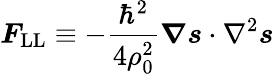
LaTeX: \boldsymbol{F}_{\mathrm{LL}}\equiv-\frac{\hbar^{2}}{4\rho_{0}^{2}}\boldsymbol{\nabla}\boldsymbol{s}\cdot\nabla^{2}\boldsymbol{s}